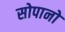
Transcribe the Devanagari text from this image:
सोपानो